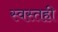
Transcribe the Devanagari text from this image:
स्वस्तही